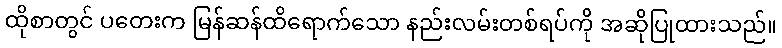
ထိုစာတွင် ပတေးက မြန်ဆန်ထိရောက်သော နည်းလမ်းတစ်ရပ်ကို အဆိုပြုထားသည်။